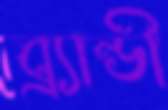
ব্র্যান্ডী